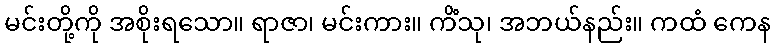
မင်းတို့ကို အစိုးရသော။ ရာဇာ၊ မင်းကား။ ကိံသု၊ အဘယ်နည်း။ ကထံ ကေန